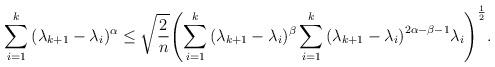
LaTeX: \begin{align*}\sum\limits_{i = 1}^k {({\lambda _{k + 1}} - {\lambda _i}} {)^\alpha } \le \sqrt {\frac{2}{n}} {\left( {\sum\limits_{i = 1}^k {({\lambda _{k + 1}} - {\lambda _i}} {)^\beta }\sum\limits_{i = 1}^k {{{\left( {{\lambda _{k + 1}} - {\lambda _i}} \right)}^{2\alpha - \beta - 1}}} {\lambda _i}}\right)^{\frac{1}{2}}}.\end{align*}